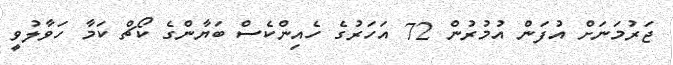
ޖަރުމަނަށް އުފަން އުމުރުން 72 އަހަރުގެ ހެއިންކެސް ބަޔާންގެ ކޯޗް ކަމާ ހަވާލުވީ